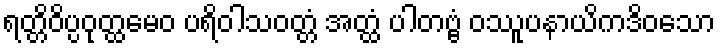
ရတ္တိဝိပ္ပဝုတ္ထမေဝ ပရိဝါသဝတ္တံ အတ္ထံ ပါတဗ္ဗံ ဝဿူပနာယိကဒိဝသော